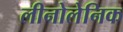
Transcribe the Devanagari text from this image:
लीनोलेनिक